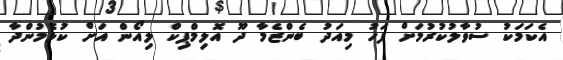
އެކަމަކު ސުވާލުކުރުމަށް ފަހު މިއަދު ބެންޒެމާ ދޫ އޮލިމްޕިކް ލިއޯން އަށް ކުޅެމުންދާ